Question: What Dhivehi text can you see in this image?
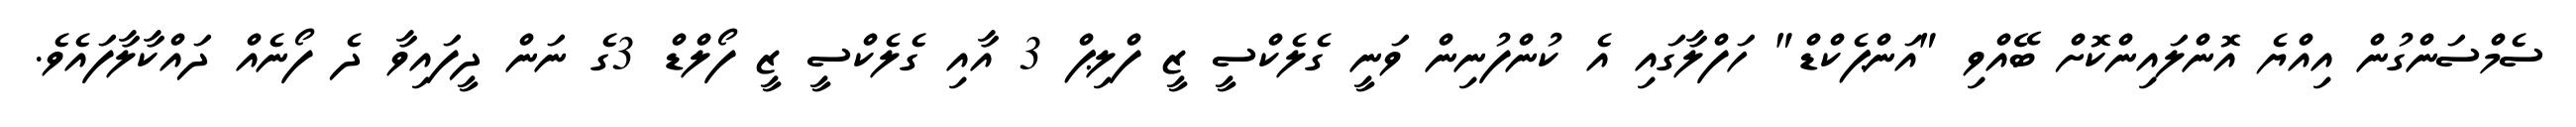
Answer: ސެމްސަންގުން އިއްޔެ އޮންލައިންކޮށް ބޭއްވި "އަންޕެކްޑް" ހަފްލާގައި އެ ކުންފުނިން ވަނީ ގެލެކްސީ ޒީ ފްލިޕް 3 އާއި ގެލެކްސީ ޒީ ފޯލްޑް 3ގެ ނަން ދީފައިވާ ދެ ފޯނެއް ދައްކާލާފައެވެ.